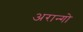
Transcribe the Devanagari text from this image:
अरान्गो